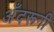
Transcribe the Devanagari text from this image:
अँदरूनी